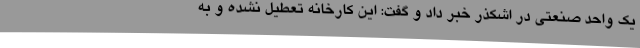
یک واحد صنعتی در اشکذر خبر داد و گفت: این کارخانه تعطیل نشده و به